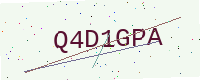
Text: Q4D1GPA